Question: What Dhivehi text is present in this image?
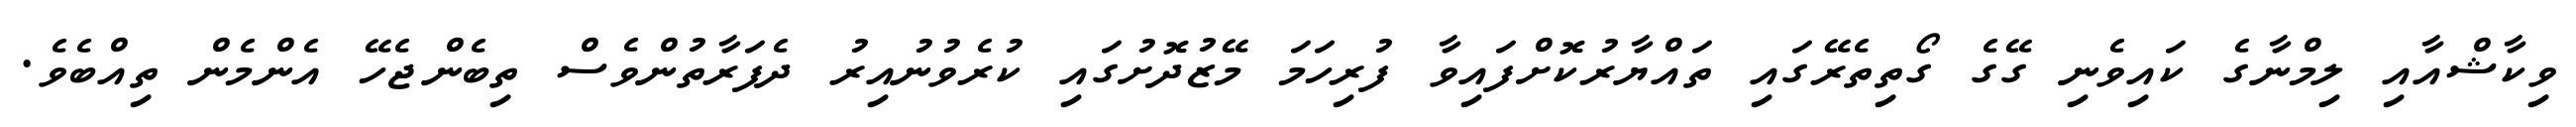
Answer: ވިކާޝްއާއި ލިމްނާގެ ކައިވެނި ގޭގެ ގޯތިތެރޭގައި ތައްޔާރުކޮށްފައިވާ ފުރިހަމަ މޭޒުދޮށުގައި ކުރެވުނުއިރު ދެފަރާތުންވެސް ތިބެންޖެހޭ އެންމެން ތިއްބެވެ.